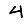
Digit: 4